Newspaper: Bridgeton pioneer.
Place of publication: Bridgeton, N.J.
Publisher: McCowan & Nichols
Date: 1885-08-27 00:00:00
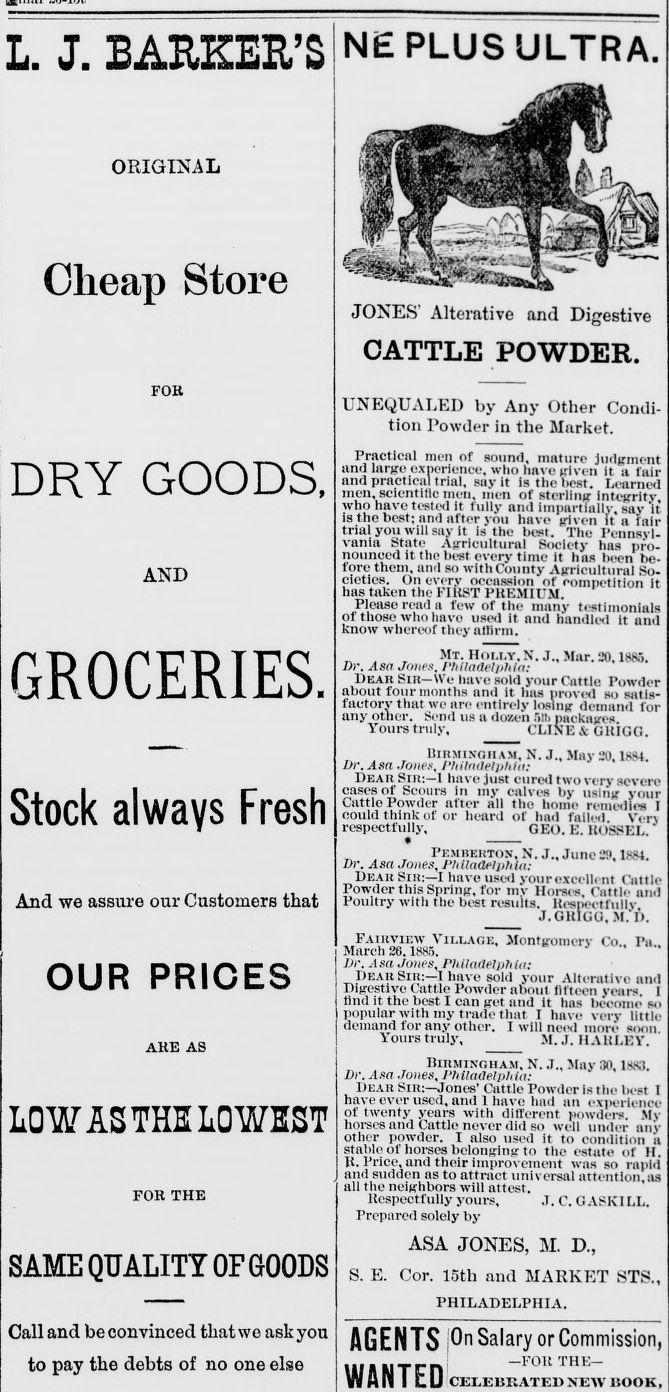
Advertisement text (OCR):
L. J. BARKER’S ORIGINAL Cheap Store FOH DRY GOODS, AND GROCERIES. Stock always Fresh And we assure our Customers that OUR PRICES ARE AS LOW AS THE LOWEST FOR THE SAME QUALITY OF GOODS Call and be convinced that we ask you to pay the debts of no one else NE PLUS ULTRA. JONES Alterative and Digestive CATTLE POWDER. UNEQUALED by Any Other Condi tion Powder in the Market. Practical men of sound, mature judgment and large experience, who have given it a fair and practical trial, say it isthehest. Learned men, scientific men, men of sterling integrity who have tested it fully and impartiallv, sav 'it' is the best; and after you have given it a faii trial you will say it is the best. The Pennsyl vania State Agricultural Society lias pro nounced it the best every time it lias been be fore them, and so with County Agricultural So cieties. On every oecassion of competition it has taken the FIRST PREMIUM. Please rend a few of tin- many testimonials of those who have used it and hnndled it and know whereof they affirm. Mi. Holly, N.J., Mar. 20,1885. Dr. Asa Jones. Philadelphia: Hear Sir—We have sold your Cattle Powder about four months anil it has proved so satis factory that we are entirely losing demand for any other. Send us a dozen 5m packages Yours truly, CLINE & GltlGC.. Birmingham, N. J., May 20.1884. Dr. Asa Jones, Philadelphia: Hear Slit;—I have just cured two very severe cases of Scours ill my calves by using your Cuttle Powder after all the home remedies I could think of or heard of hud failed Yen respectfully, GEO. E. RUSSEL. Pem berton, N. J„ June 29.1884. Dr. Asa Jones, Philadelphia: Dear Sir:—I have used your excellent Cattle Powder this Spring, for my Horses. Cuttle mid Poultry with the best results. Respectfully J.GRIGG, M.D. Fairview Village, Montgomery Co,. Pa. March 26,1885. Dr. Asa Jones, Philadelphia: Dear Sir:—I have sold your Alterative and Digestive Cattle Powder about fifteen yours I lind it the best I can got and it has become so popular with my trade that I have very little demand for any other. I will need more soon Yours truly, M. J. HARLEY. Birmingham, N. J„ May 110,1883. Dr. Asa Jones, Philadelphia: Dear Sill:—Jones’ Cattle Powder is the best l have ever used, and 1 have had ail experience of twenty years with different powders. Mv horses and Cattle never did so well under any other powder. 1 also used it to condition ii stable ol'horses belonging to the estate of H R. Price, and their improvement was so rapid and sudden as to attract universal attention, as all the neighbors will attest. Respectfully yours, J. C. GASKILL. Prepared solely by ASA JONES, M. D., S. E. Cor. 15th anil MARKET STS., PHILADELPHIA. AGENTS On Salary or Commission, Ilf ft NT im -FOIt THE WAN I lL) celebrated new hook,
Label: illustrations